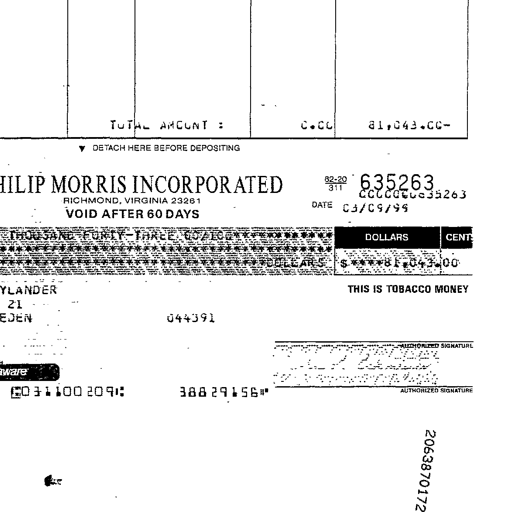
TOTAL AMOUNT : 0.00 81,043.00-
▼ DETACH HERE BEFORE DEPOSITING
MORRIS INCORPORATED 82-20/311 635263
RICHMOND, VIRGINIA 23261 0000000635263
VOID AFTER 60 DAYS DATE 03/09/99
THOUSAND FORTY-THREE 00/100******************** DOLLARS CENTS
*********************************************DOLLARS $*****81,043.00
THIS IS TOBACCO MONEY
21
044391
AUTHORIZED SIGNATURE
J. R. Schuler
AUTHORIZED SIGNATURE
⑆031100209⑆ 38829156⑈
2063870172